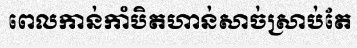
ពេលកាន់កាំបិតហាន់សាច់ស្រាប់តែ